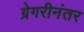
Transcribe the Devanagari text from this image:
ग्रेगरीनंतर